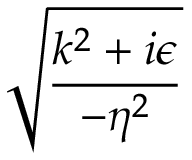
\sqrt { \frac { k ^ { 2 } + i \epsilon } { - \eta ^ { 2 } } }